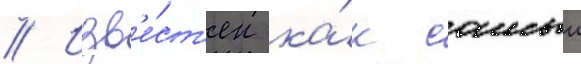
// Изв'е́ст'ен ка́к самыи